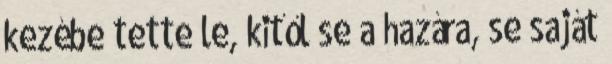
kezébe tette le, kitől se a hazára, se saját